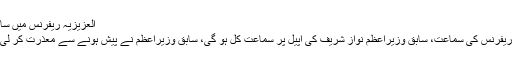
العزیزیہ ریفرنس میں سابق وزیراعظم نواز شریف کی اپیل پر سماعت کل ہو گی
اسلام آباد(پبلک نیوز) اسلام آباد ہائیکورٹ میں العزیزیہ ریفرنس کی سماعت، سابق وزیراعظم نواز شریف کی اپیل پر سماعت کل ہو گی، سابق وزیراعظم نے پیش ہونے سے معذرت کر لی، طبیعت ناساز ہونے پر حاضری سے استثنیٰ مانگ لیا۔